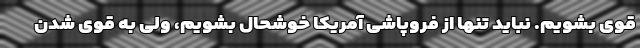
قوی بشویم. نباید تنها از فروپاشی آمریکا خوشحال بشویم، ولی به قوی شدن